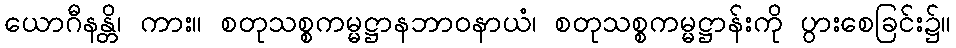
ယောဂီနန္တိ၊ ကား။ စတုသစ္စကမ္မဋ္ဌာနဘာဝနာယံ၊ စတုသစ္စကမ္မဋ္ဌာန်းကို ပွားစေခြင်း၌။